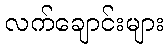
လက်ချောင်းများ